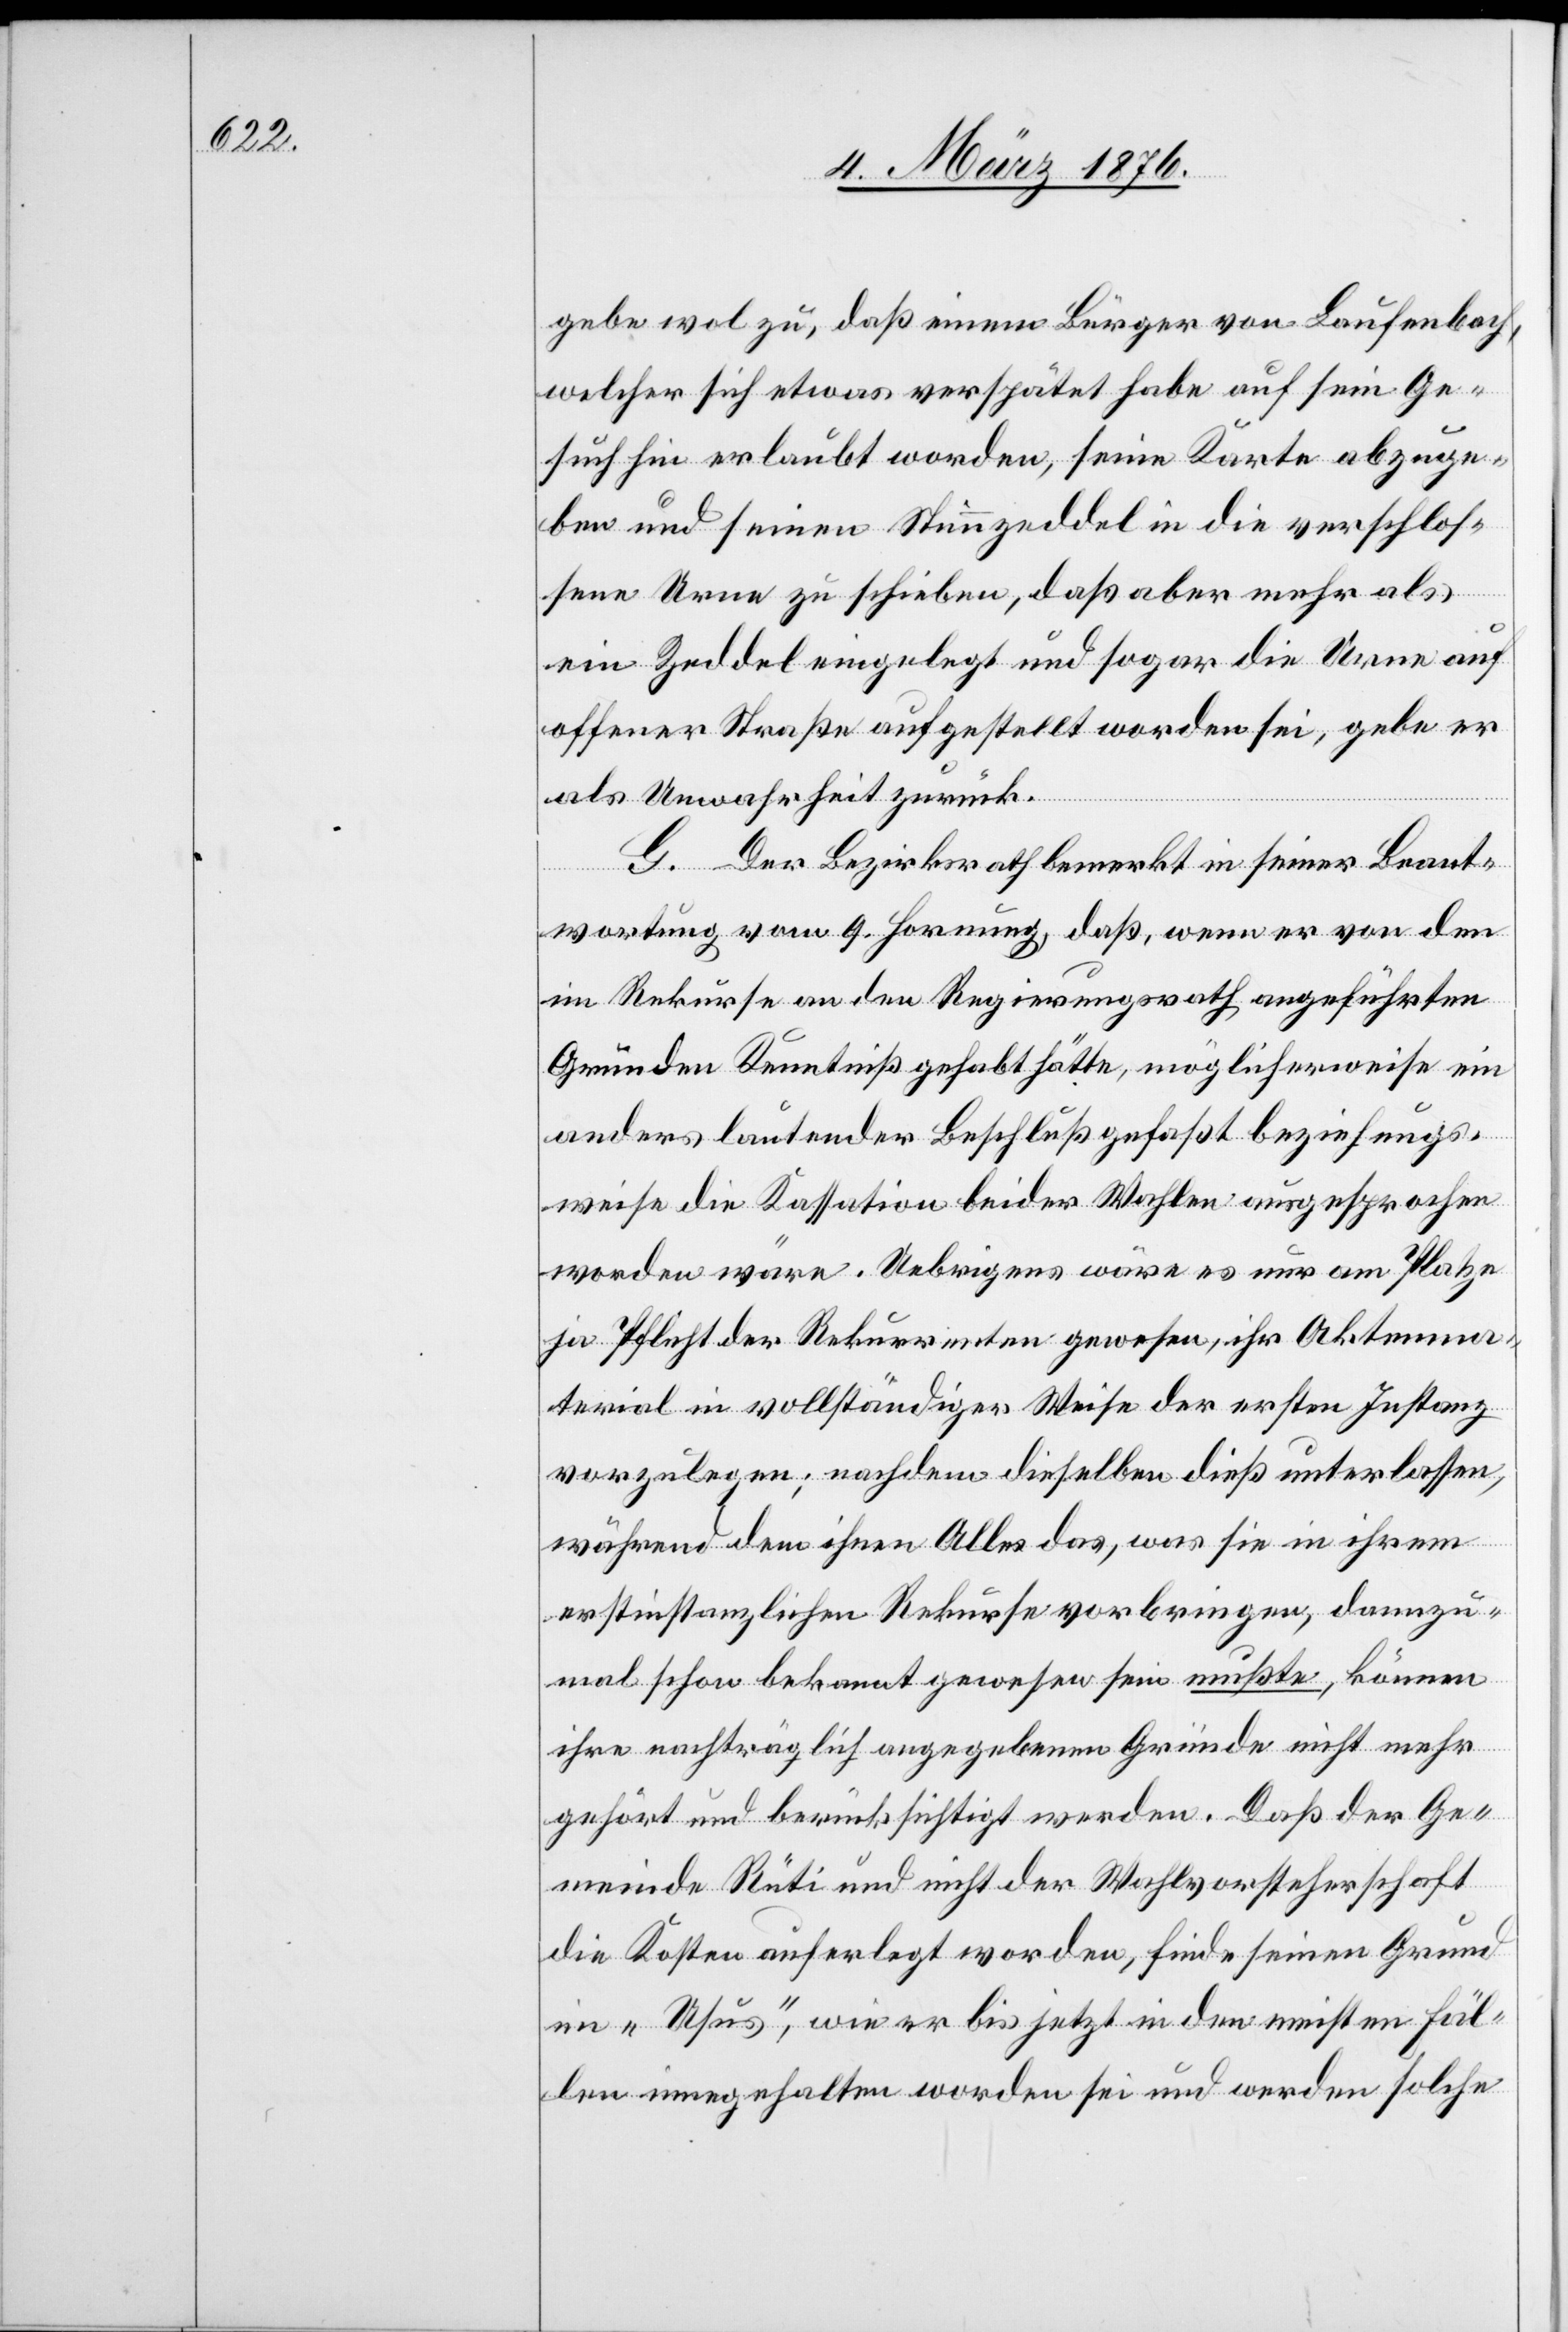
gebe wohl zu, daß einem Bürger von Laufenbach,
welcher sich etwas verspätet habe auf sein Ge¬
such hin erlaubt worden, seine Karte abzuge¬
ben und seinen Stimmzeddel in die verschlos¬
sene Urne zu schieben, daß aber mehr als
ein Zeddel eingelegt und sogar die Urne auf
offener Straße aufgestellt worden sei, gebe er
als Unwahrheit zurück.
G. Der Bezirksrath bemerkt in seiner Beant¬
wortung vom 9. Hornung, daß, wenn er von den
im Rekurse an den Regierungsrath angeführten
Gründen Kenntniß gehabt hätte, möglicherweise ein
anders lautender Beschluß gefaßt beziehungs¬
weise die Kassation beider Wahlen ausgesprochen
worden wäre. Uebrigens wäre es nur am Platze
ja Pflicht der Rekurrenten gewesen, ihr Aktenma¬
terial in vollständiger Weise der ersten Instanz
vorzulegen; nachdem dieselbe dieß unterlassen,
während dem ihnen Alles das, was sie in ihrem
erstinstanzlichen Rekurse vorbringen, dannzu¬
mal schon bekannt gewesen sein mußte, können
ihre nachträglich angegebenen Gründe nicht mehr
gehört und berücksichtigt werden. Daß der Ge¬
meinde Rüti und nicht der Wahlvorsteherschaft
die Kosten auferlegt worden, finde seinen Grund
im „Usus“, wie er bis jetzt in den meisten Fäl¬
len innegehalten worden sei und werden solche